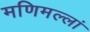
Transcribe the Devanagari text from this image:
मणिमल्लां